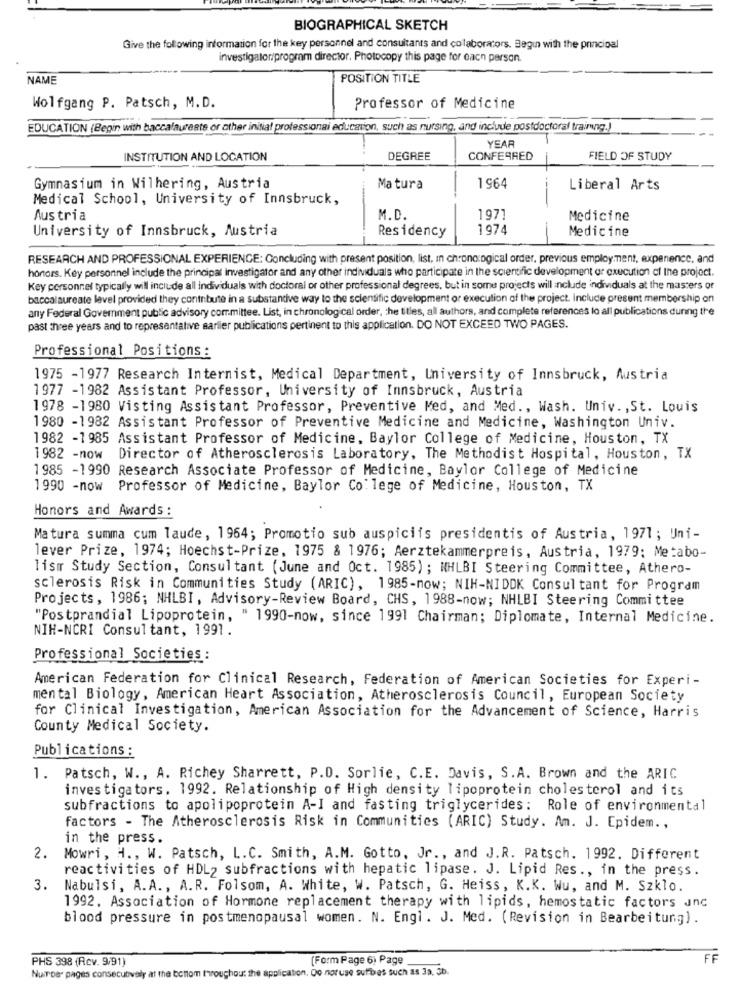
BIOGRAPHICAL SKETCH
Give the following information for the key personnel and consultants and colaborators. Begin with the principal
investigator/program director. Photocopy this page for each person.
NAME
POSITION TITLE
Wolfgang P. Patsch, M.D.
Professor of Medicine
EDUCATION (Begin with baccalaureate or other initial professional education, such as nursing, and include postdoctoral traing.)
YEAR
INSTITUTION AND LOCATION
DEGREE
CONFERRED
FIELD OF STUDY
Gymnasium in Wilhering, Austria
Matura
1964
Liberal Arts
Medical School, University of Innsbruck,
Austria
M. D.
1971
Medicine
University of Innsbruck, Austria
Residency
1974
Medicine
RESEARCH AND PROFESSIONAL EXPERIENCE: Concluding with present position, list, in chronological order, previous employment, expenence, and
honors. Key personnel include the principal investigator and any other individuals who participate in the scientific development or execution of the project.
Key corsonnel typically will include all individuals with doctoral or other professional degrees, but in some projects will include individuals at the masters of
baccalaureate level provided they contribute in a substantive way to the scientific development or execution of the project. Include present membership on
any Federal Government public advisory committee. List, in chronological order, the titles, all authors, and complete references lo all publications during the
past three years and to representative earlier publications pertinent to this application. DO NOT EXCEED TWO PAGES.
Professional Positions :
1975 -1977 Research Internist, Medical Department, University of Innsbruck, Austria
1977 -1982 Assistant Professor, University of Innsbruck, Austria
1978 -1980 Visting Assistant Professor, Preventive Med, and Med ., Wash. Univ. , St. Louis
1980 -1982 Assistant Professor of Preventive Medicine and Medicine, Washington Univ.
1982 -1985 Assistant Professor of Medicine, Baylor College of Medicine, Houston, TX
1982 -now Director of Atherosclerosis Laboratory, The Methodist Hospital, Houston, TX
1985 -1990 Research Associate Professor of Medicine, Baylor College of Medicine
1990 -now Professor of Medicine, Baylor College of Medicine, Houston, TX
Honors and Awards :
Matura summa cum laude, 1964; Promotio sub auspiciis presidentis of Austria, 1971; Uni-
lever Prize, 1974; Hoechst-Prize, 1975 & 1976; Aerztekammerpreis, Austria, 1979: Metabo-
lism Study Section, Consultant (June and Oct. 1985) ; NHLBI Steering Committee, Athero-
sclerosis Risk in Communities Study (ARIC), 1985-now; NIH-NIDDK Consultant for Program
Projects, 1986; NHLBI, Advisory-Review Board, CHS, 1988-now; NHLBI Steering Committee
"Postprandial Lipoprotein, " 1990-now, since 1991 Chairman; Diplomate, Internal Medicine.
NIH-NCRI Consultant, 1991.
Professional Societies :
American Federation for Clinical Research, Federation of American Societies for Experi-
mental Biology, American Heart Association, Atherosclerosis Council, European Society
for Clinical Investigation, American Association for the Advancement of Science, Harris
County Medical Society.
Publications :
1. Patsch, W ., A. Richey Sharrett, P.D. Sorlie, C.E. Davis, S.A. Brown and the ARIC
investigators. 1992. Relationship of High density lipoprotein cholesterol and its
subfractions to apolipoprotein A-I and fasting triglycerides: Role of environmental
factors - The Atherosclerosis Risk in Communities (ARIC) Study. Am. J. Epidem .,
in the press.
2.
Mowri, H ., W. Patsch, L.C. Smith, A.M. Gotto, Jr ., and J.R. Patsch. 1992. Different
reactivities of HDL2 subfractions with hepatic lipase. J. Lipid Res ., in the press.
3.
Nabulsi, A.A ., A.R. Folsom, A. White, W. Patsch, G. Heiss, K.K. Wu, and M. Szklo.
1992. Association of Hormone replacement therapy with lipids, hemostatic factors unc
blood pressure in postmenopausal women. N. Engl. J. Med. (Revision in Bearbeitung).
PHS 398 (Rev. 9/91)
(Form Page 6) Page
FF
NuToe pages consecutively at the bottom throughout the application. Do notuse sufftres such as Ja, 3b.